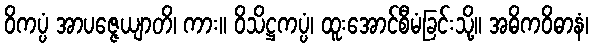
ဝိကပ္ပံ အာပဇ္ဇေယျာတိ၊ ကား။ ဝိသိဋ္ဌကပ္ပံ၊ ထူးအောင်စီမံခြင်းသို့။ အဓိကဝိဓာနံ၊